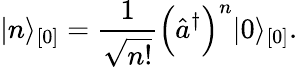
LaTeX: \vert n\rangle_{[0]}=\frac{1}{\sqrt{n!}}\Bigl(\hat{a}^{\dagger}\Bigr)^{n}\vert 0\rangle_{[0]}.